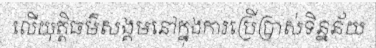
លើយុត្តិធម៌សង្គមនៅក្នុងការប្រើប្រាស់ទិន្នន័យ